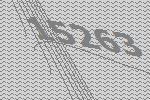
15263